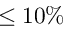
\leq 1 0 \%